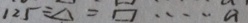
1 2 5 \div \Delta = \square \cdots a